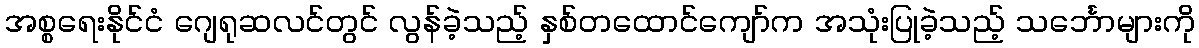
အစ္စရေးနိုင်ငံ ဂျေရုဆလင်တွင် လွန်ခဲ့သည့် နှစ်တထောင်ကျော်က အသုံးပြုခဲ့သည့် သင်္ဘောများကို